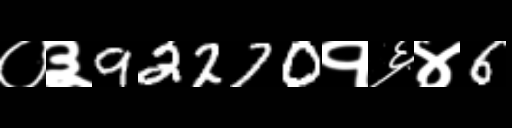
Text: ०३92270१६४6